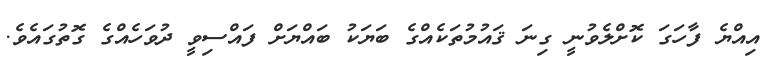
އިއްޔެ ފާހަގަ ކޮށްލެވުނީ ގިނަ ޤައުމުތަކެއްގެ ބަޔަކު ބައްޔަށް ފައްސިވީ ދުވަހެއްގެ ގޮތުގައެވެ.